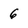
Character: 6